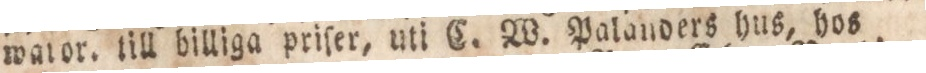
wator, till billiga priſer, uti C. W. Palanders hus, hos